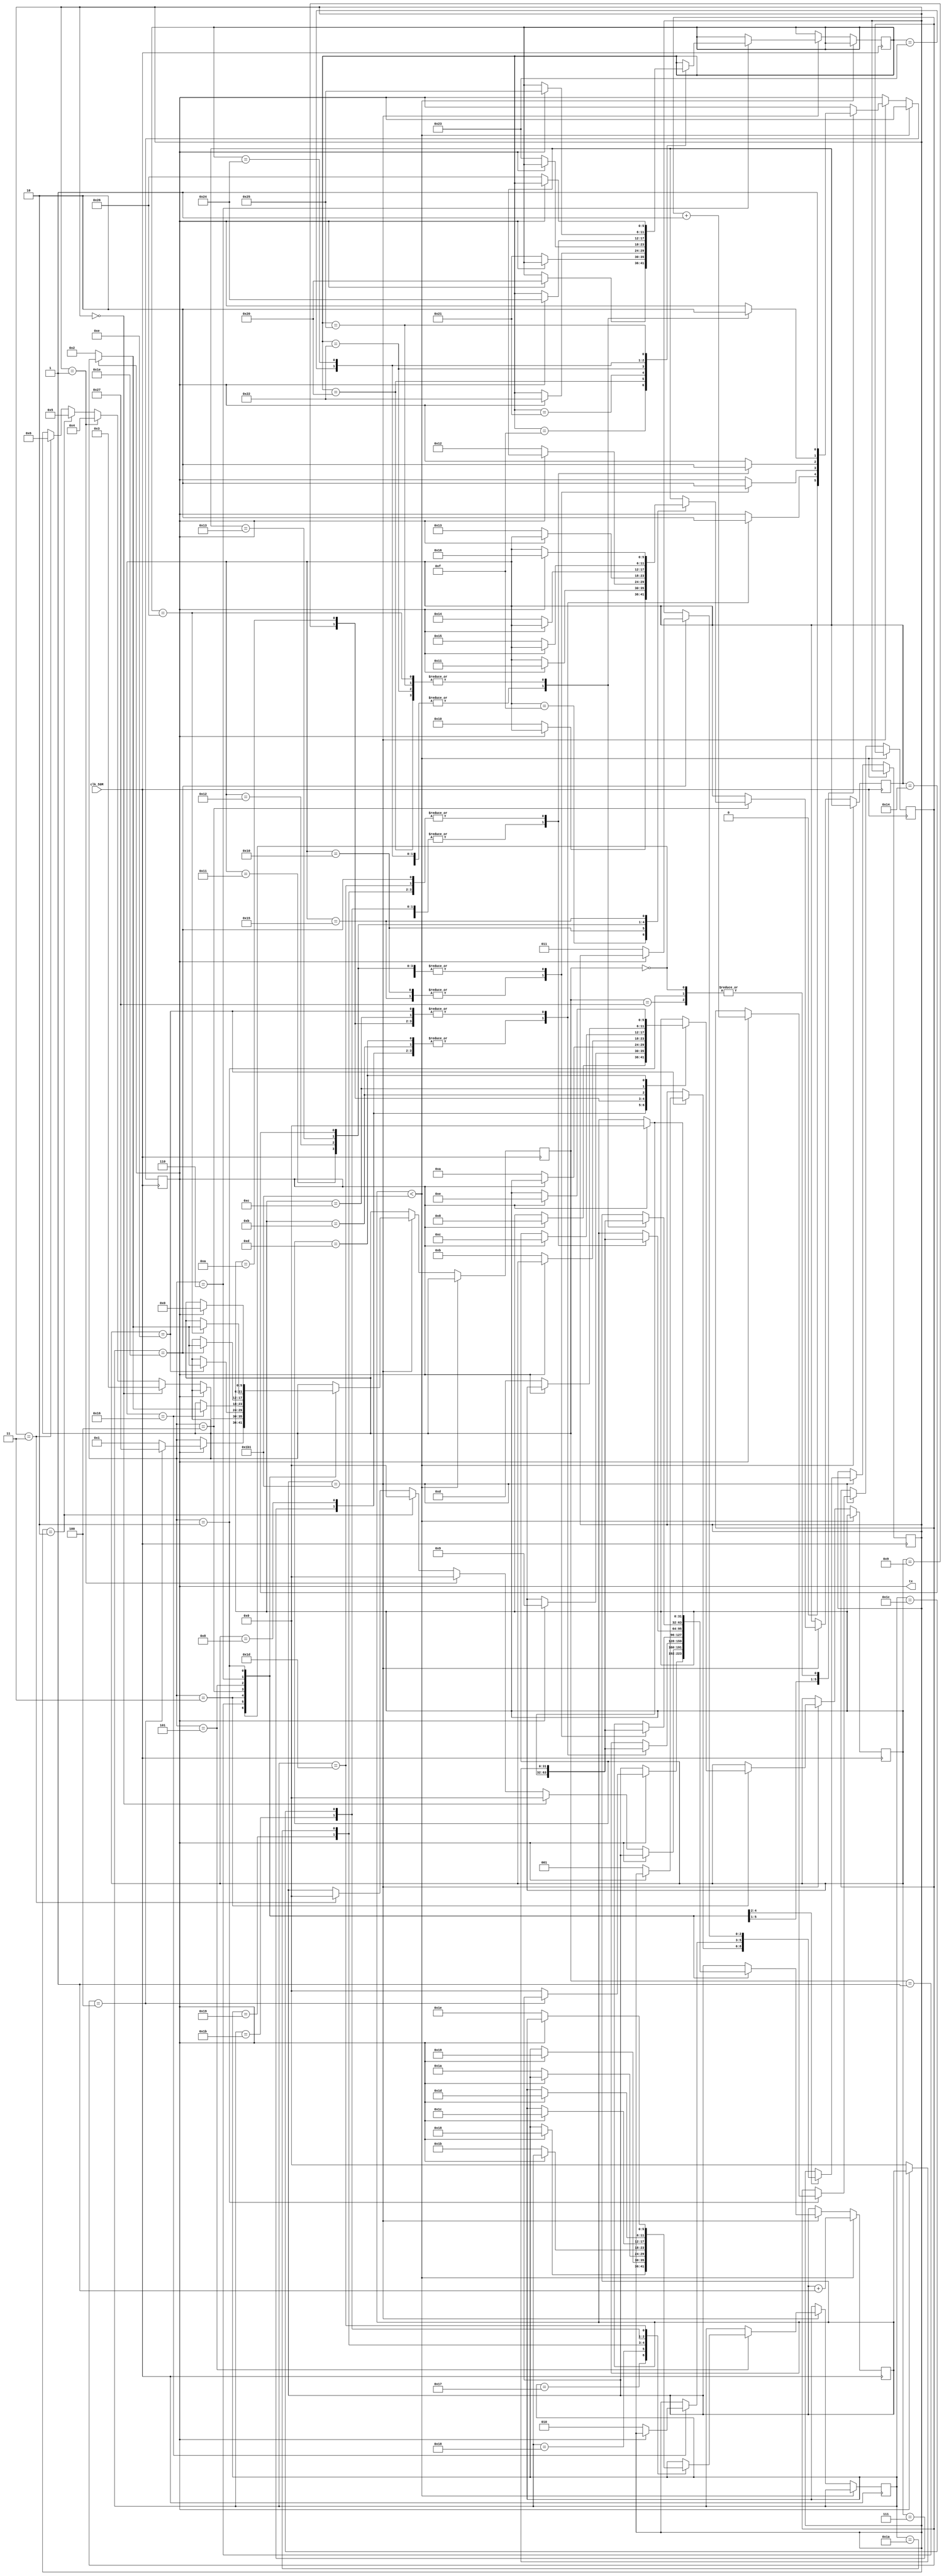
module uart(
	input clk_50M,	//50 MHz clock
	output tx		//UART transmit output
);
////////////////////////WRITE YOUR CODE FROM HERE////////////////////
reg d=1'b1;
assign tx=d;
reg [31:0]count = 0;
localparam idle = 4'b0,
			  start = 4'd1,
			  stop = 4'd2,
			  state_s = 4'd3,
			  state_b = 4'd4,
			  state_th = 4'd5,
			  state_fv = 4'd6,
			  state_s1 = 4'd7,
			  state_s2 = 4'd8,
			  state_s3 = 4'd9,
			  state_s4 = 4'd10,
			  state_s5 = 4'd11,
			  state_s6 = 4'd12,
			  state_s7 = 4'd13,
			  state_s8 = 4'd14,
			  state_b1 = 4'd15,
			  state_b2 = 5'd16,
			  state_b3 = 5'd17,
			  state_b4 = 5'd18,
			  state_b5 = 5'd19,
			  state_b6 = 5'd20,
			  state_b7 = 5'd21,
			  state_b8 = 5'd22,
			  state_th1 = 5'd23,
			  state_th2 = 5'd24,
			  state_th3 = 5'd25,
			  state_th4 = 5'd26,
			  state_th5 = 5'd27,
			  state_th6 = 5'd28,
			  state_th7 = 5'd29,
			  state_th8 = 5'd30,
			  state_fv1 = 4'd31,
			  state_fv2 = 6'd32,
			  state_fv3 = 6'd33,
			  state_fv4 = 6'd34,
			  state_fv5 = 6'd35,
			  state_fv6 = 6'd36,
			  state_fv7 = 6'd37,
			  state_fv8 = 6'd38,
			  finish = 6'd39;

reg [5:0]states = start;
reg [5:0]state1 = state_s1; 
reg [5:0]state2 = state_b1;
reg [5:0]state3 = state_th1;
reg [5:0]state4 = state_fv1;

reg [2:0]int_count = 2'b00;
reg [2:0]check = 0;
 always @(posedge clk_50M) begin
		if (count<433) begin
		count <= count +1 ;
		end
		else if (count==433) begin
		
			case(states)
			idle:
			if (d != 1'b1) begin d<=1'b1;end
			else if (check==4) begin states=finish;end
			else begin states=start;
			count=0;end
			
			start: 
			if (d != 1'b0) begin d<=1'b0;end
			else if (int_count == 2'b00) begin states = state_s;
			count=0;end
			else if (int_count == 2'b01) begin states = state_b;
			count=0;end
			else if (int_count == 2'b10) begin states = state_th;
			count=0;end
			else if (int_count == 2'b11) begin states = state_fv;
			count=0;end
			
			state_s:
			case(state1)
					
						state_s1:
						if (d != 1'b1) begin d <=1'b1;end
						else begin state1 = state_s2;
						count=0;end
						
						state_s2:
						if (d != 1'b1) begin d <=1'b1;end
						else begin state1 = state_s3;
						count=0;end
						
						state_s3:
						if (d != 1'b0) begin d <=1'b0;end
						else begin state1 = state_s4;
						count=0;end
						
						state_s4:
						if (d != 1'b0) begin d <=1'b0;end
						else begin state1 = state_s5;
						count=0;end
						
						state_s5:
						if (d != 1'b1) begin d <=1'b1;end
						else begin state1 = state_s6;
						count=0;end
						
						state_s6:
						if (d != 1'b0) begin d <=1'b0;end
						else begin state1 = state_s7;
						count=0;end
						
						state_s7:
						if (d != 1'b1) begin d <=1'b1;end
						else begin state1 = state_s8;
						count=0;end
						
						state_s8:
						if (d != 1'b0) begin d <=1'b0;end
						else begin states = stop;
									  int_count = 2'b01;
									  count=0;end
					endcase
					
			state_b:
			case(state2)
					
						state_b1:
						if (d != 1'b0) begin d <=1'b0;end
						else begin state2 = state_b2;
						count=0;end
						
						state_b2:
						if (d != 1'b1) begin d <=1'b1;end
						else begin state2 = state_b3;
						count=0;end
						
						state_b3:
						if (d != 1'b0) begin d <=1'b0;end
						else begin state2 = state_b4;
						count=0;end
						
						state_b4:
						if (d != 1'b0) begin d <=1'b0;end
						else begin state2 = state_b5;
						count=0;end
						
						state_b5:
						if (d != 1'b0) begin d <=1'b0;end
						else begin state2 = state_b6;
						count=0;end
						
						state_b6:
						if (d != 1'b0) begin d <=1'b0;end
						else begin state2 = state_b7;
						count=0;end
						
						state_b7:
						if (d != 1'b1) begin d <=1'b1;end
						else begin state2 = state_b8;
						count=0;end
						
						state_b8:
						if (d != 1'b0) begin d <=1'b0;end
						else begin states = stop;
									  int_count = 2'b10;
									  count=0;end
					endcase
					
			state_th:
			case(state3)
					
						state_th1:
						if (d != 1'b1) begin d <=1'b1;end
						else begin state3 = state_th2;
						count=0;end
						
						state_th2:
						if (d != 1'b1) begin d <=1'b1;end
						else begin state3 = state_th3;
						count=0;end
						
						state_th3:
						if (d != 1'b0) begin d <=1'b0;end
						else begin state3 = state_th4;
						count=0;end
						
						state_th4:
						if (d != 1'b0) begin d <=1'b0;end
						else begin state3 = state_th5;
						count=0;end
						
						state_th5:
						if (d != 1'b1) begin d <=1'b1;end
						else begin state3 = state_th6;
						count=0;end
						
						state_th6:
						if (d != 1'b1) begin d <=1'b1;end
						else begin state3 = state_th7;
						count=0;end
						
						state_th7:
						if (d != 1'b0) begin d <=1'b0;end
						else begin state3 = state_th8;
						count=0;end
						
						state_th8:
						if (d != 1'b0) begin d <=1'b0;end
						else begin states = stop;
									  int_count = 2'b11;
									  count=0;end
						endcase
			state_fv:
			
					case(state4)
					
						state_fv1:
						if (d != 1'b1) begin d <=1'b1;end
						else begin state4 = state_fv2;
						count=0;end
						
						state_fv2:
						if (d != 1'b0) begin d <=1'b0;end
						else begin state4 = state_fv3;
						count=0;end
						
						state_fv3:
						if (d != 1'b1) begin d <=1'b1;end
						else begin state4 = state_fv4;
						count=0;end
						
						state_fv4:
						if (d != 1'b0) begin d <=1'b0;end
						else begin state4 = state_fv5;
						count=0;end
						
						state_fv5:
						if (d != 1'b1) begin d <=1'b1;end
						else begin state4 = state_fv6;
						count=0;end
						
						state_fv6:
						if (d != 1'b1) begin d <=1'b1;end
						else begin state4 = state_fv7;
						count=0;end
						
						state_fv7:
						if (d != 1'b0) begin d <=1'b0;end
						else begin state4 = state_fv8;
						count=0;end
						
						state_fv8:
						if (d != 1'b0) begin d <=1'b0;end
						else begin states = stop;
									  count=0;end
					endcase
			
			stop:
			if (d != 1'b1) begin d<=1'b1;end
			else begin states=idle;
			check<=check+1;
			count=0;end
			
			finish:
			d<=1;
		endcase
		end
end

////////////////////////YOUR CODE ENDS HERE//////////////////////////
endmodule